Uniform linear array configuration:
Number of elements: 64
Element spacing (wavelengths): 0.75
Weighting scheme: blackman
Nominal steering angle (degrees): -30
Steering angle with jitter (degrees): -28.751
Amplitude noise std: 0.05
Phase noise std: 0.05

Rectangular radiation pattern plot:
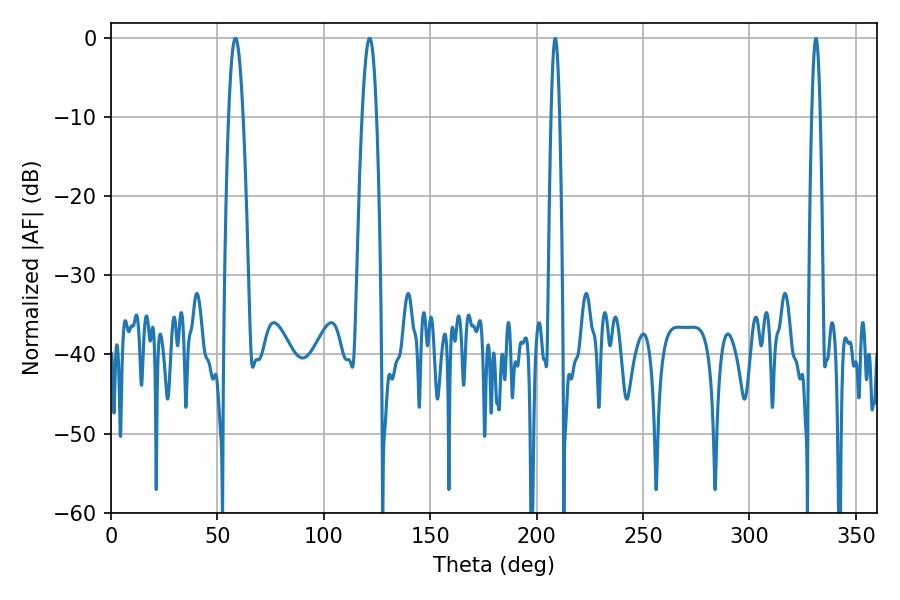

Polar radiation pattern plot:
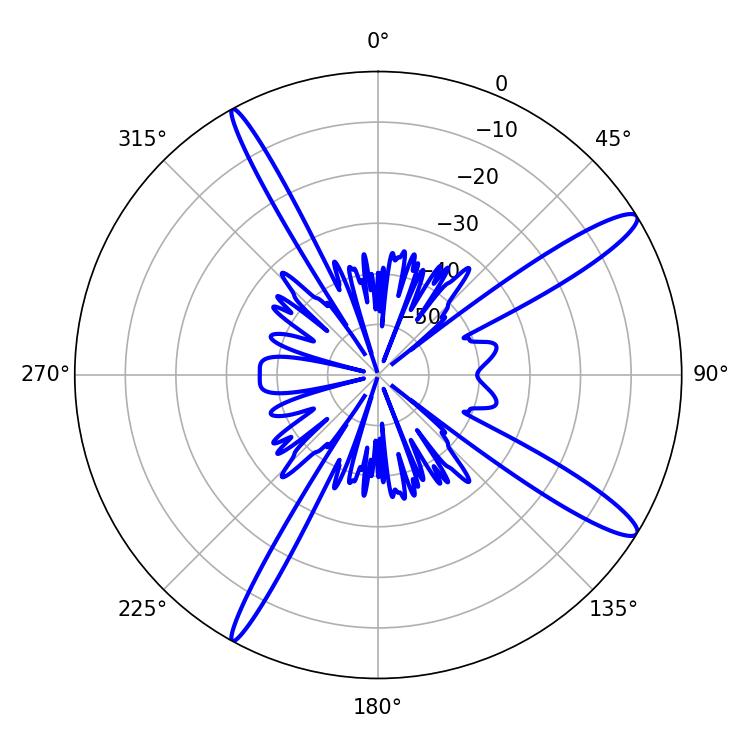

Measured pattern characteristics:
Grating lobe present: TRUE
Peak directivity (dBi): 13.964
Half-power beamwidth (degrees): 3.6
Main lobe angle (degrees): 58.5